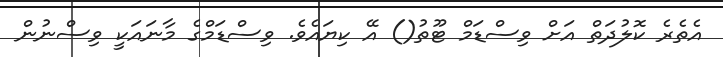
އެތެރެ ކޮލުދަތް އަށް ވިސްޑަމް ޓޫތު() އޭ ކިޔައެވެ. ވިސްޑަމްގެ މާނައަކީ ވިސްނުން